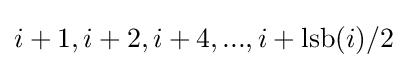
i+1,i+2,i+4,...,i+\operatorname {lsb} (i)/2